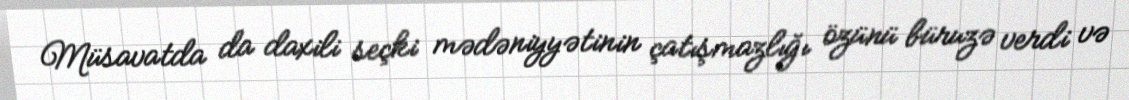
Müsavatda da daxili seçki mədəniyyətinin çatışmazlığı özünü büruzə verdi və